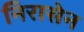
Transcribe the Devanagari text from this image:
निरासेन